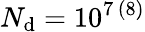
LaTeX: N_{\mathrm{d}}=10^{7\, (8)}